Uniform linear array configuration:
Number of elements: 64
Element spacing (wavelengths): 0.25
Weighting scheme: blackman
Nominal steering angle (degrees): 30
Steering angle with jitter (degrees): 28.65
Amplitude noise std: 0.05
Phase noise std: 0.05

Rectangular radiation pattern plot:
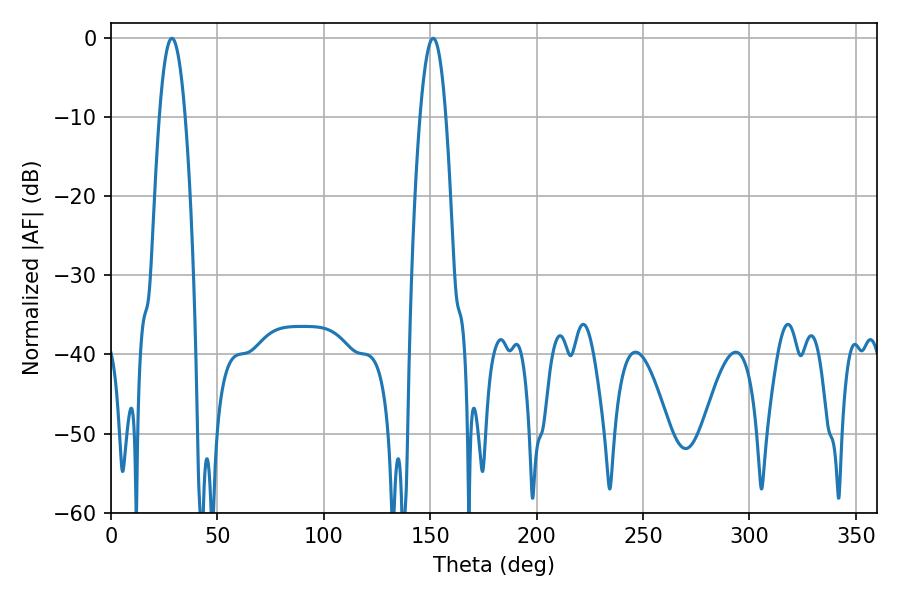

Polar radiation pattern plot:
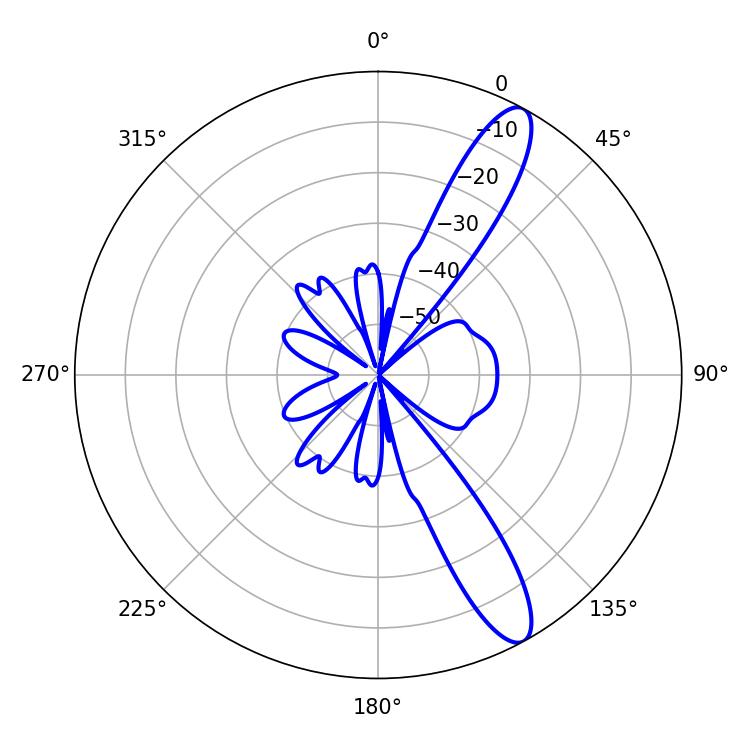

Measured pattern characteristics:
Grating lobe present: FALSE
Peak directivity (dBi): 12.194
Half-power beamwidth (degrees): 6.66
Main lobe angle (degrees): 28.62